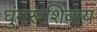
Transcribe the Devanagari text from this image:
घुंगरूंशिवाय